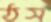
ঠস